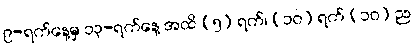
၉-ရက်နေ့မှ ၁၃-ရက်နေ့ အထိ (၅) ရက်၊ (၁၀) ရက် (၁၀) ည